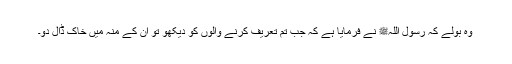
وہ بولے کہ رسول اللہﷺ نے فرمایا ہے کہ جب تم تعریف کرنے والوں کو دیکھو تو ان کے منہ میں خاک ڈال دو۔